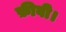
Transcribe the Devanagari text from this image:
फ़ीबी।